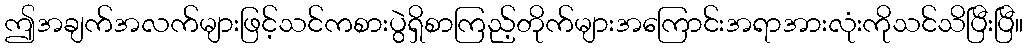
ဤအချက်အလက်များဖြင့်သင်ကစားပွဲရှိစာကြည့်တိုက်များအကြောင်းအရာအားလုံးကိုသင်သိပြီးပြီ။